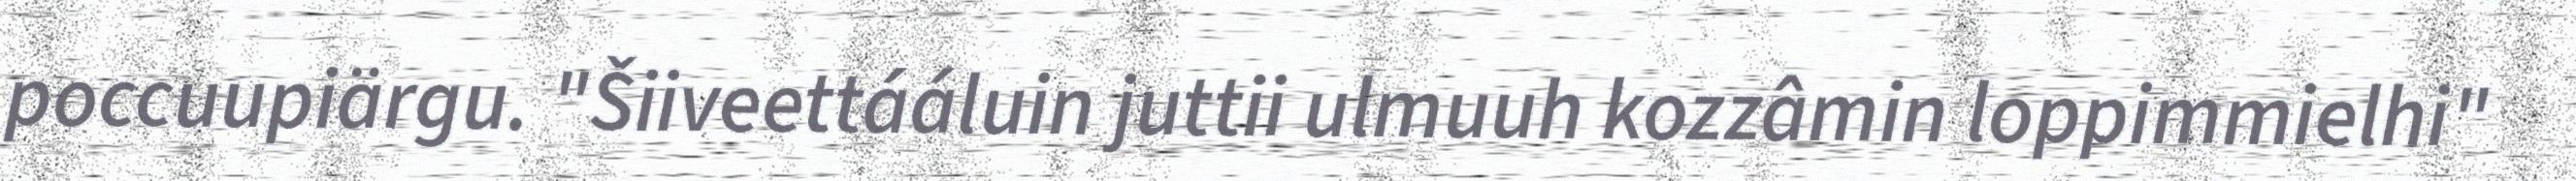
poccuupiärgu. "Šiiveettááluin juttii ulmuuh kozzâmin loppimmielhi"